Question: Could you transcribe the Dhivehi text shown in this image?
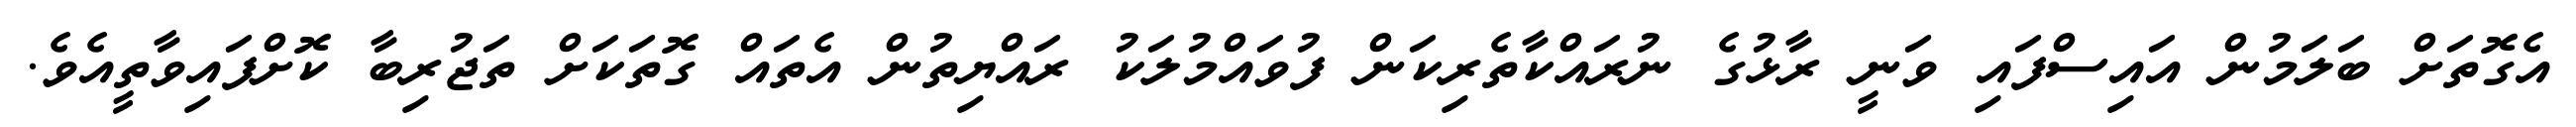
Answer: އެގޮތަށް ބަލަމުން އައިސްފައި ވަނީ ރާޅުގެ ނުރައްކާތެރިކަން ފުވައްމުލަކު ރައްޔިތުން އެތައް ގޮތަކަށް ތަޖުރިބާ ކޮށްފައިވާތީއެވެ.